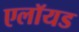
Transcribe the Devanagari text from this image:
एलॉयड